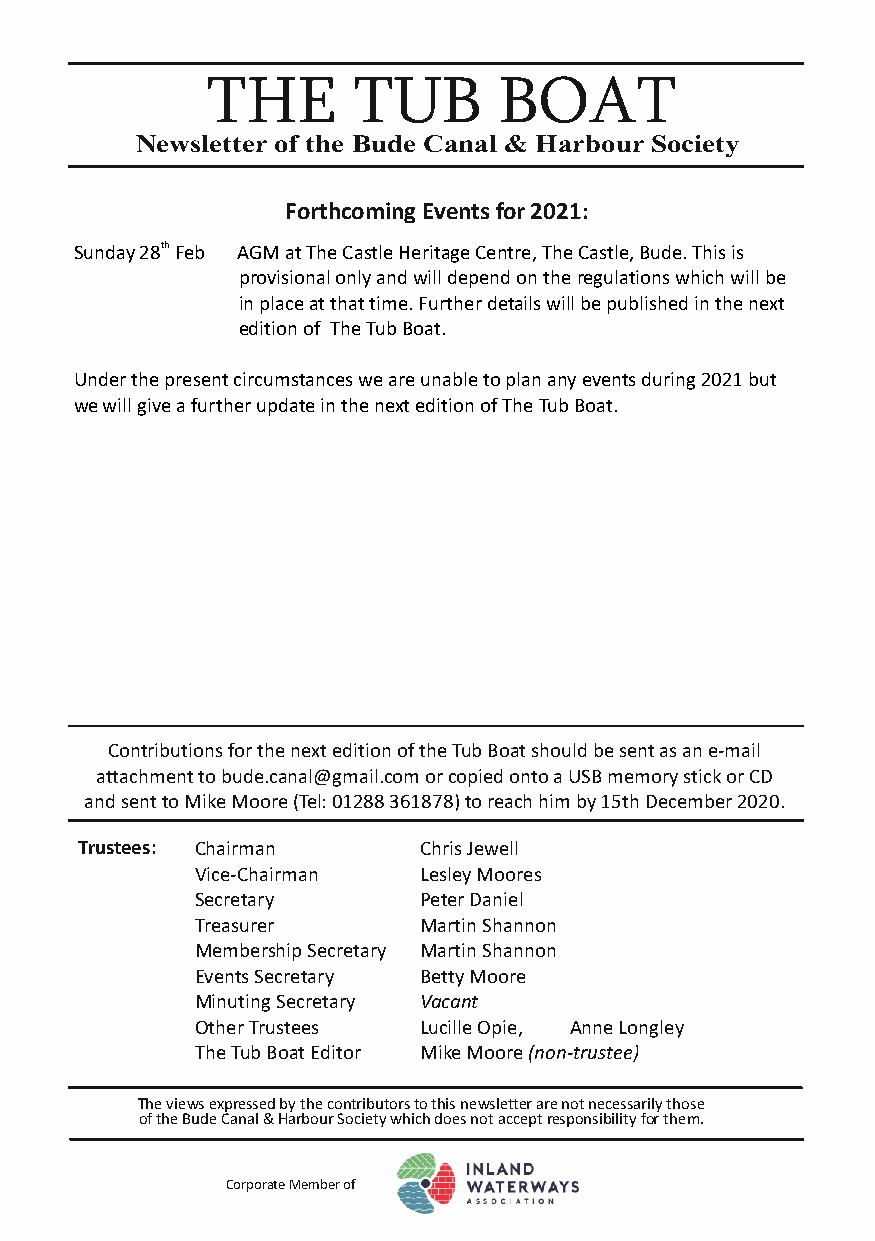
THE      TUB       BOAT
 Newsletter of the Bude Canal & Harbour Society
 Forthcoming Events for 2021:
 Sunday 28th Feb AGM at The Castle Heritage Centre, The Castle, Bude. This is
 provisional only and will depend on the regulations which will be
 in place at that time. Further details will be published in the next
 edition of The Tub Boat.
 Under the present circumstances we are unable to plan any events during 2021 but
 we will give a further update in the next edition of The Tub Boat.
 Contributions for the next edition of the Tub Boat should be sent as an e-mail
 attachment to bude.canal@gmail.com or copied onto a USB memory stick or CD
 and sent to Mike Moore (Tel: 01288 361878) to reach him by 15th December 2020.
 Trustees: Chairman     Chris Jewell
 Vice-Chairman  Lesley Moores
 Secretary      Peter Daniel
 Treasurer      Martin Shannon
 Membership Secretary Martin Shannon
 Events Secretary Betty Moore
 Minuting Secretary Vacant
 Other Trustees Lucille Opie, Anne Longley
 The Tub Boat Editor Mike Moore (non-trustee)
 The views expressed by the contributors to this newsletter are not necessarily those
 of the Bude Canal & Harbour Society which does not accept responsibility for them.
 Corporate Member of